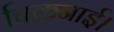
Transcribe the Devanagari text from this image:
चिकनाई।